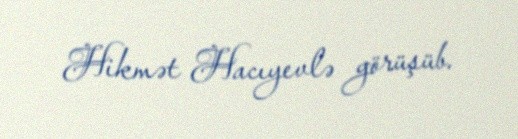
Hikmət Hacıyevlə görüşüb.